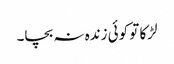
لڑکا تو کوئی زندہ نہ بچا۔